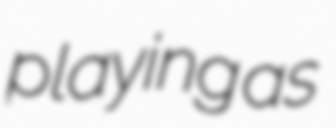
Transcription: playing as